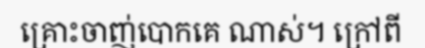
គ្រោះចាញ់បោកគេ ណាស់។ ក្រៅពី